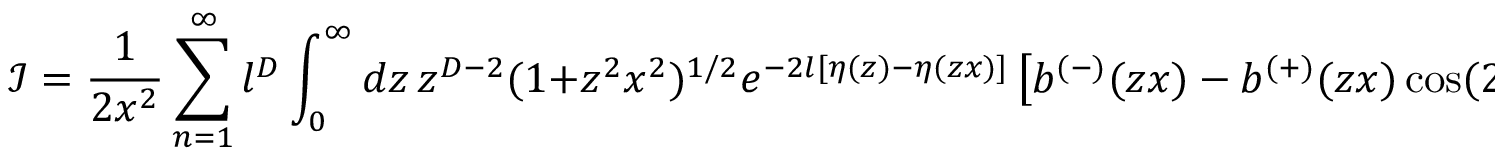
{ \mathcal { I } } = \frac { 1 } { 2 x ^ { 2 } } \sum _ { n = 1 } ^ { \infty } l ^ { D } \int _ { 0 } ^ { \infty } d z \, z ^ { D - 2 } ( 1 + z ^ { 2 } x ^ { 2 } ) ^ { 1 / 2 } e ^ { - 2 l [ \eta ( z ) - \eta ( z x ) ] } \left[ b ^ { ( - ) } ( z x ) - b ^ { ( + ) } ( z x ) \cos ( 2 l \phi ) \right] ,